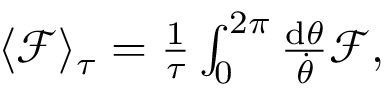
\begin{array} { r } { \langle \mathcal { F } \rangle _ { \tau } = \frac { 1 } { \tau } \int _ { 0 } ^ { 2 \pi } \frac { \mathrm { d } \theta } { \dot { \theta } } \mathcal { F } , } \end{array}